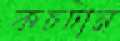
কচটান